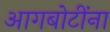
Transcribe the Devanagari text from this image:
आगबोटींना